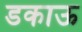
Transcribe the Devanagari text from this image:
डकाऊ